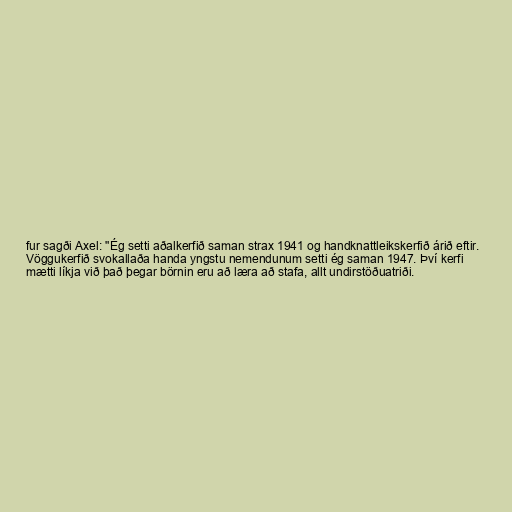
fur sagði Axel: "Ég setti aðalkerfið saman strax 1941 og handknattleikskerfið árið eftir.
Vöggukerfið svokallaða handa yngstu nemendunum setti ég saman 1947. Því kerfi
mætti líkja við það þegar börnin eru að læra að stafa, allt undirstöðuatriði.